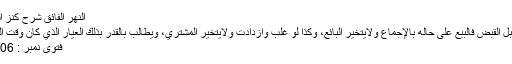
النهر الفائق شرح كنز الدقائق (3/ 540):
"لو نقضت قيمتها قبل القبض فالبيع على حاله بالإجماع ولايتخير البائع، وكذا لو غلب وازدادت ولايتخير المشتري، ويطالب بالقدر بذلك العيار الذي كان وقت البيع". فقط والله أعلم
فتوی نمبر : 144010200406